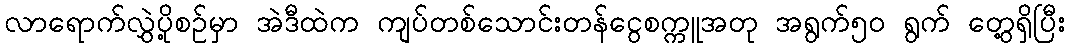
လာရောက်လွှဲပို့စဉ်မှာ အဲဒီထဲက ကျပ်တစ်သောင်းတန်ငွေစက္ကူအတု အရွက်၅ဝ ရွက် တွေ့ရှိပြီး